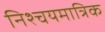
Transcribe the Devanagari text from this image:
निश्चयमात्रिक